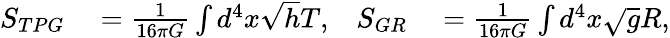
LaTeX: \begin{array}{rlrl}{S_{TPG}}&{{}=\frac{1}{16\pi G}\int d^{4}x\sqrt{h}T,}&{S_{GR}}&{{}=\frac{1}{16\pi G}\int d^{4}x\sqrt{g}R,}\end{array}